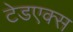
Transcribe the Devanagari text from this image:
टेडएक्स